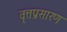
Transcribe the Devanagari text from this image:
वृत्तप्रसारण